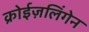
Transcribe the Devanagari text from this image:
क्रोईज़लिंगेन